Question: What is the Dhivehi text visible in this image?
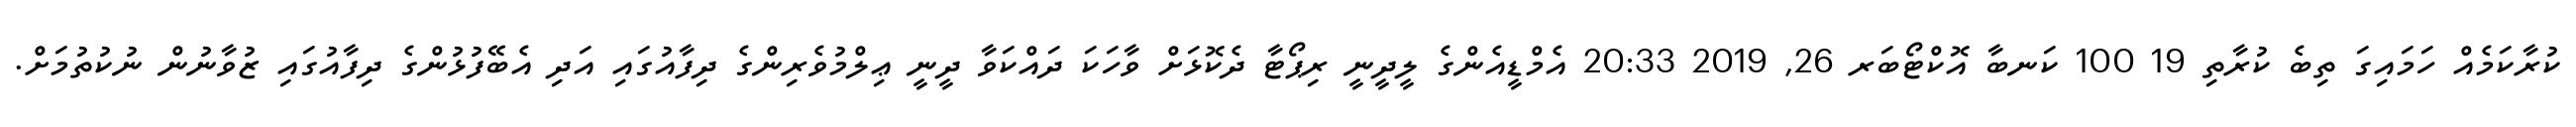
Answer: ކުރާކަމެއް ހަމައިގަ ތިބެ ކުރާތި 19 100 ކަނބާ އޮކްޓޯބަރ 26, 2019 20:33 އެމްޑީއެންގެ ލީދީނީ ރިޕޯޓާ ދެކޮޅަށް ވާހަކަ ދައްކަވާ ދީނީ ޢިލްމުވެރިންގެ ދިފާއުގައި އަދި އެބޭފުޅުންގެ ދިފާއުގައި ޒުވާނުން ނުކުތުމަށް.